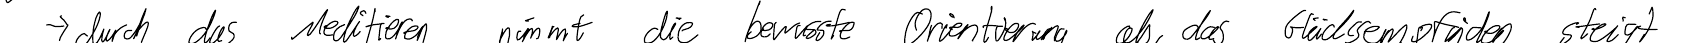
-> durch das Meditieren nimmt die bewusste Orientierung ab, das Glücksempfinden steigt